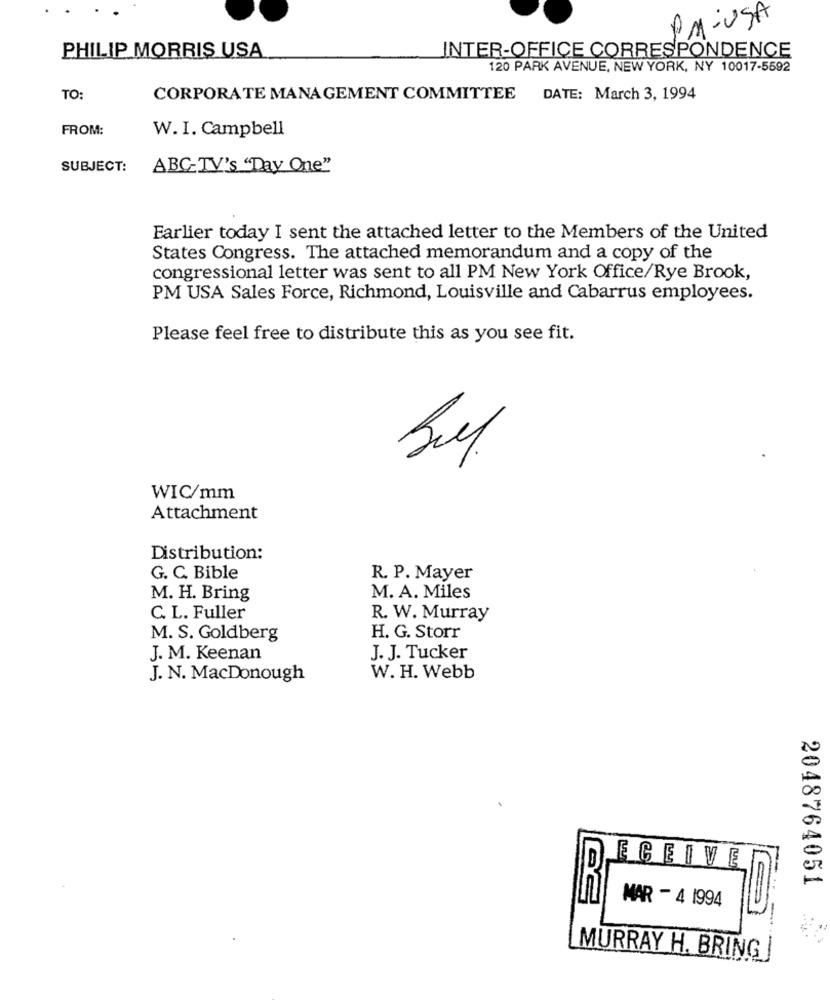
PriUSA
PHILIP MORRIS USA
INTER-OFFICE CORRESPONDENCE
120 PARK AVENUE, NEW YORK, NY 10017-5592
TO:
CORPORATE MANAGEMENT COMMITTEE
DATE: March 3, 1994
FROM:
W. I. Campbell
SUBJECT:
ABC-TV's "Day One"
Earlier today I sent the attached letter to the Members of the United
States Congress. The attached memorandum and a copy of the
congressional letter was sent to all PM New York Office/Rye Brook,
PM USA Sales Force, Richmond, Louisville and Cabarrus employees.
Please feel free to distribute this as you see fit.
WIC/mm
Attachment
Distribution:
G. C. Bible
R. P. Mayer
M. H. Bring
M. A. Miles
C. L. Fuller
R. W. Murray
M. S. Goldberg
H. G. Storr
J. M. Keenan
J. J. Tucker
J. N. MacDonough
W. H. Webb
ECEIVE
2048764051
MAR - 4 1994
MURRAY H. BRING